Vaccination in Bombay 1889-1901 - 1889-1901
Year: 1889
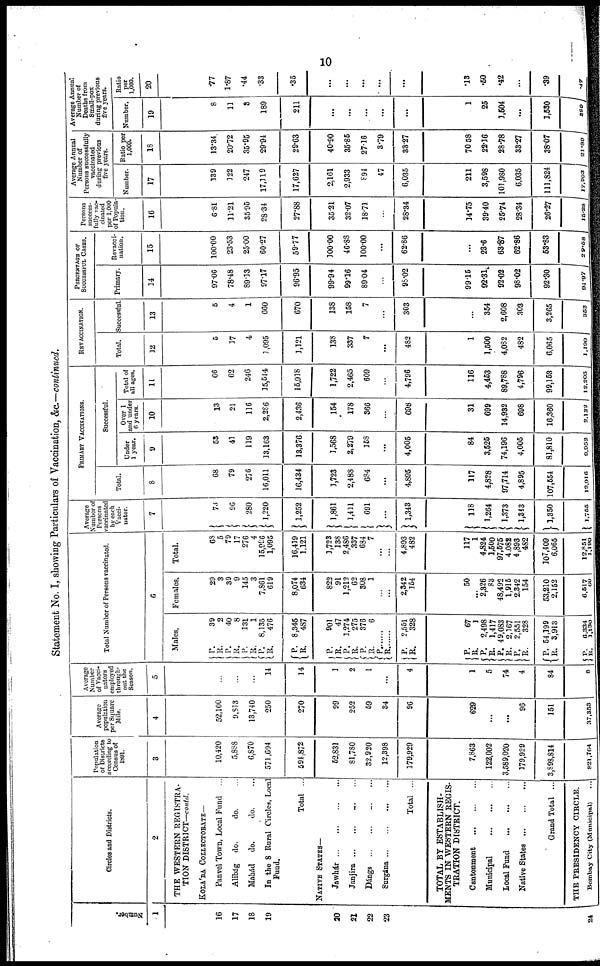
10
Statement No. I, showing Particulars of Vaccination, &c.—continued.
Number.
1
16
17
18
19
20
21
22
23
24
Circles and Districts.
2
THE WESTERN REGISTRA-
TION DISTRICT—contd.
KOLA'BA COLLECTORATE—
Panvel Town, Local Fund ...
Alibág
do.
do. ...
Mahád
do.
do. ...
In the 8 Rural Circles, Local
Fund.
Total ...
NATIVE STATES—
Jawhár
...
...
...
...
Janjira ... ... ... ...
Dángs ... ... ... ...
Surgána
...
...
...
...
Total ...
TOTAL BY ESTABLISH-
MENTS IN WESTERN REGIS-
TRATION DISTRICT.
Cantonment
...
...
...
Municipal
...
...
...
Local Fund
...
...
...
Native States ... ... ... ...
Grand Total ...
THE PRESIDENCY CIRCLE.
Bombay City (Municipal) ...
Population
of Districts
according to
Census of
1891.
3
10,420
5,888
6,870
571,694
594,872
52,831
81,780
32,920
12,398
179,929
7,863
122,002
3,589,020
179,929
3,898,814
821,764
Average
population
per Square
Mile.
4
52,100
9,813
13,740
250
270
99
252
59
34
96
629
...
...
96
151
37,853
Average
Number
of Vaccí-
--tors
employed
through-
out the
Season.
5
...
...
...
14
14
1
2
1
...
4
1
5
74
4
84
8
Total Number of Persons vaccinated.
6
Males.
P.
R.
P.
R.
P.
R.
P.
R.
P.
R.
P.
R.
P.
R.
P.
R.
P.
R.
P.
R.
P.
R.
P.
R.
P.
R.
P.
R.
P.
R.
P.
R.
39
2
40
8
131
1
8,135
476
8,345
487
901
47
1,274
275
376
6
...
...
2,551
328
67
1
2,498
1,417
49,083
2,167
2,551
328
54,199
3,913
6,334
1,130
Females.
29
3
39
9
145
3
7,861
619
8,074
634
822
91
1,212
62
308
1
...
...
2,342
154
50
...
2,326
83
48,492
1,915
2,342
154
53,210
2,152
6,517
60
Total.
68
5
79
17
276
4
15,996
1,095
16,419
1,121
1,723
138
2,486
337
684
7
...
...
4,893
482
117
1
4,824
1,500
97,575
4,082
4,893
482
107,409
6,065
12,851
1,190
Average
Number of
Persons
vaccinated
by each
Vacci-
--tor.
7
73
96
280
1,220
1,252
1,861
1,411
691
...
1,343
118
1,264
1,373
1,343
1,350
1,755
PRIMARY VACCINATIONS.
Total.
8
68
79
276
16,011
16,434
1,723
2,488
684
...
4,895
117
4,828
97,714
4,895
107,554
12,916
Successful.
Under
1 year.
9
53
41
119
13,163
13,376.
1,568
2,279
158
...
4,005
84
3,525
74,196
4,005
81,810
9,952
Over 1
and under
6 years.
10
13
21
116
2,286
2,436
154
178
366
...
698
31
699
14,932
698
16,360
2,132
Total of
all ages.
11
66
62
246
15,544
15,918
1,722
2,465
609
...
4,796
116
4,453
89,788
4,796
99,153
12,205
REVACCINATION.
Total.
12
5
17
4
1,095
1,121
138
337
7
...
482
1
1,500
4,082
482
6,065
1,190
Successful.
13
5
4
1
660
670
138
158
7
...
303
...
354
2,608
303
3,265
352
PERCENTAGE OF
SUCCESSFUL
CASES.
Primary.
14
97.06
78.48
89.13
97.17
96.95
99.94
99.16
89.04
...
95.02
99.15
92.31
92.02
98.02
92.30
94.97
Revacci-
nation.
15
100.00
23.53
25.00
60.27
59.77
100.00
46.88
100.00
...
62.86
...
23.6
63.87
62.86
53.83
29.58
Persons
success-
fully vac-
cinated
per 1,000
of Popula-
tion.
16
6.81
11.21
35.95
28.34
27.88
35.21
32.07
18.71
...
28.34
14.75
39.40
25.74
28.34
26.27
15.28
Average Annual
Number of
Persons successfully
vaccinated
during previous
five years.
Number.
17
139
122
247
17,119
17,627
2,161
2,933
894
47
6,035
211
3,598
101,980
6,035
111,824
17,993
Ratio per
1,000.
18
13.34.
20.72
35.95
29.94
29.63
40.90
35.85
27.16
3.79
33.27
70.58
22.16
28.78
33.27
38.07
21.89
Average Annual
Number of
Deaths from
Small-pox
during previous
five years.
Number.
19
8
11
3
189
211
...
...
...
...
...
1
25
1,504
...
1,530
389
Ratio
per
1,000.
20
.77
1.87
.44
.33
.35
...
...
...
...
...
.13
.50
.42
...
.39
.47